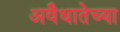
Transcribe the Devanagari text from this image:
अवैधातेच्या